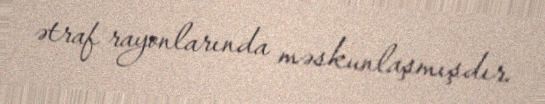
ətraf rayonlarında məskunlaşmışdır.